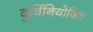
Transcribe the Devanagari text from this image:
दुर्विनियोजित